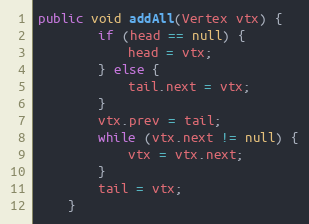
Language: Java
public void addAll(Vertex vtx) {
        if (head == null) {
            head = vtx;
        } else {
            tail.next = vtx;
        }
        vtx.prev = tail;
        while (vtx.next != null) {
            vtx = vtx.next;
        }
        tail = vtx;
    }